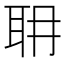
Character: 耼